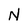
Character: N